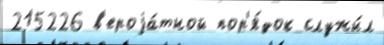
215226 в'ероjа́тной пор'я́док служи́л